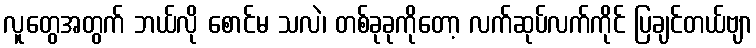
လူတွေအတွက် ဘယ်လို စောင်မ သလဲ၊ တစ်ခုခုကိုတော့ လက်ဆုပ်လက်ကိုင် ပြချင်တယ်ဗျာ